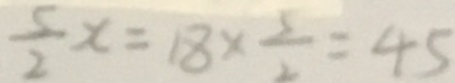
\frac { 5 } { 2 } x = 1 8 \times \frac { 5 } { 2 } = 4 5